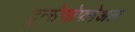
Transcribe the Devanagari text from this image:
ट्रन्सेसोफगेअल